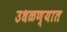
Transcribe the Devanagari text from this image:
उधळण्यात